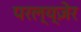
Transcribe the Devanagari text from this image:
परल्य्ज़ेर